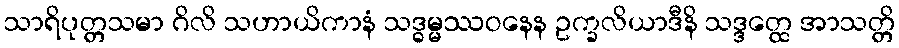
သာရိပုတ္တသမာ ဂိလိ သဟာယိကာနံ သဒ္ဓမ္မဿဝနေန ဥက္ခလိယာဒီနိ သဒ္ဒတ္ထေ အာသတ္တိ